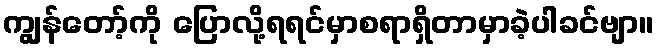
ကျွန်တော့်ကို ပြောလို့ရရင်မှာစရာရှိတာမှာခဲ့ပါခင်ဗျာ။